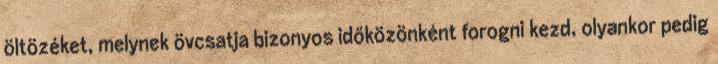
öltözéket, melynek övcsatja bizonyos időközönként forogni kezd, olyankor pedig